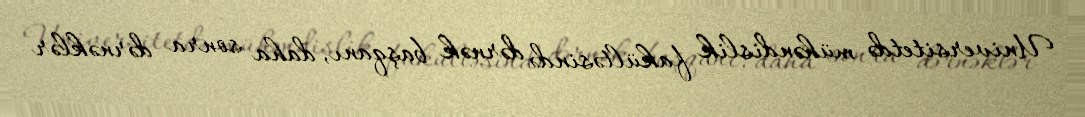
Universitetdə mühəndislik fakültəsində dərnək başqanı, daha sonra dərnəklər